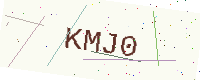
Text: KMJ0